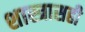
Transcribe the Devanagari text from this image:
शास्त्रासही